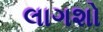
લાગશો